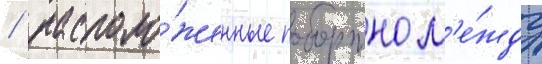
/ располо́женные побортно м'е́жду